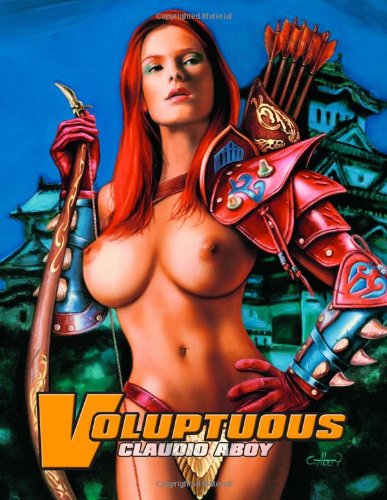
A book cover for Voluptuous by Claudio Aboy; Claudio Aboy; Comics & Graphic Novels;